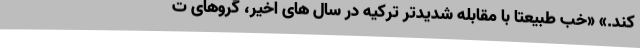
کند.» «خب طبیعتا با مقابله شدیدتر ترکیه در سال های اخیر، گروهای ت